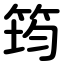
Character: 筠